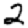
Digit: 2